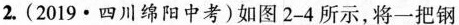
2.(2019·四川绵阳中考)如图2-4所示，将一把钢